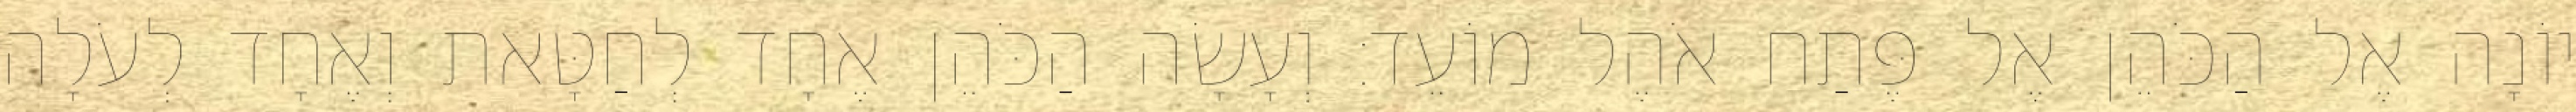
יוֹנָה אֶל הַכֹּהֵן אֶל פֶּתַח אֹהֶל מוֹעֵד׃ וְעָשָׂה הַכֹּהֵן אֶחָד לְחַטָּאת וְאֶחָד לְעֹלָה